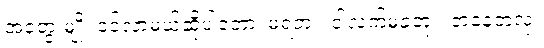
အတွေးမျိုး ဝင်လာမယ်ဆိုပါတော့၊ မရဘူး၊ ငါလက်မခံဘူး၊ တနေ့တလုံး